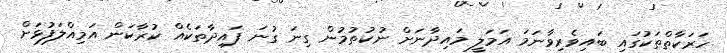
ހަރަކާތްތަކުގައި ބައިވެރިވާނަމަ އަމަލީ މައިދާނަށް ނުކުތުމުން ގިނަ ގުނަ ފައިދާތަކެއް ކުރާކަން އަމިއްލަފުޅަށް